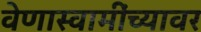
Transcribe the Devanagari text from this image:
वेणास्वामींच्यावर